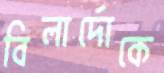
বিলার্দোকে